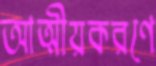
আত্মীয়করণে